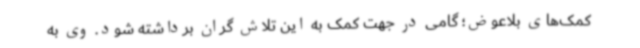
کمک‌های بلاعوض؛ گامی در جهت کمک به این تلاش گران برداشته شود. وی به